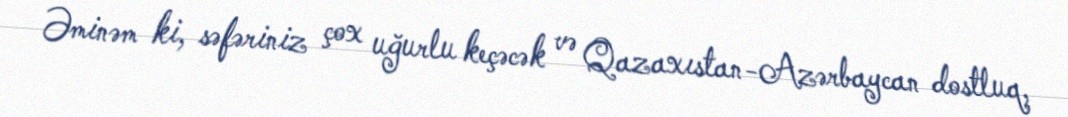
Əminəm ki, səfəriniz çox uğurlu keçəcək və Qazaxıstan-Azərbaycan dostluq,